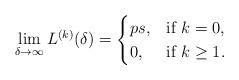
LaTeX: \begin{align*} \lim_{\delta\to\infty}L^{(k)}(\delta)=\begin{cases} ps, &\mbox{if } k=0,\\ 0,&\mbox{if } k\ge 1. \end{cases} \end{align*}